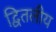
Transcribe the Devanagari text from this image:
द्वितलीय